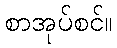
စာအုပ်စင်။